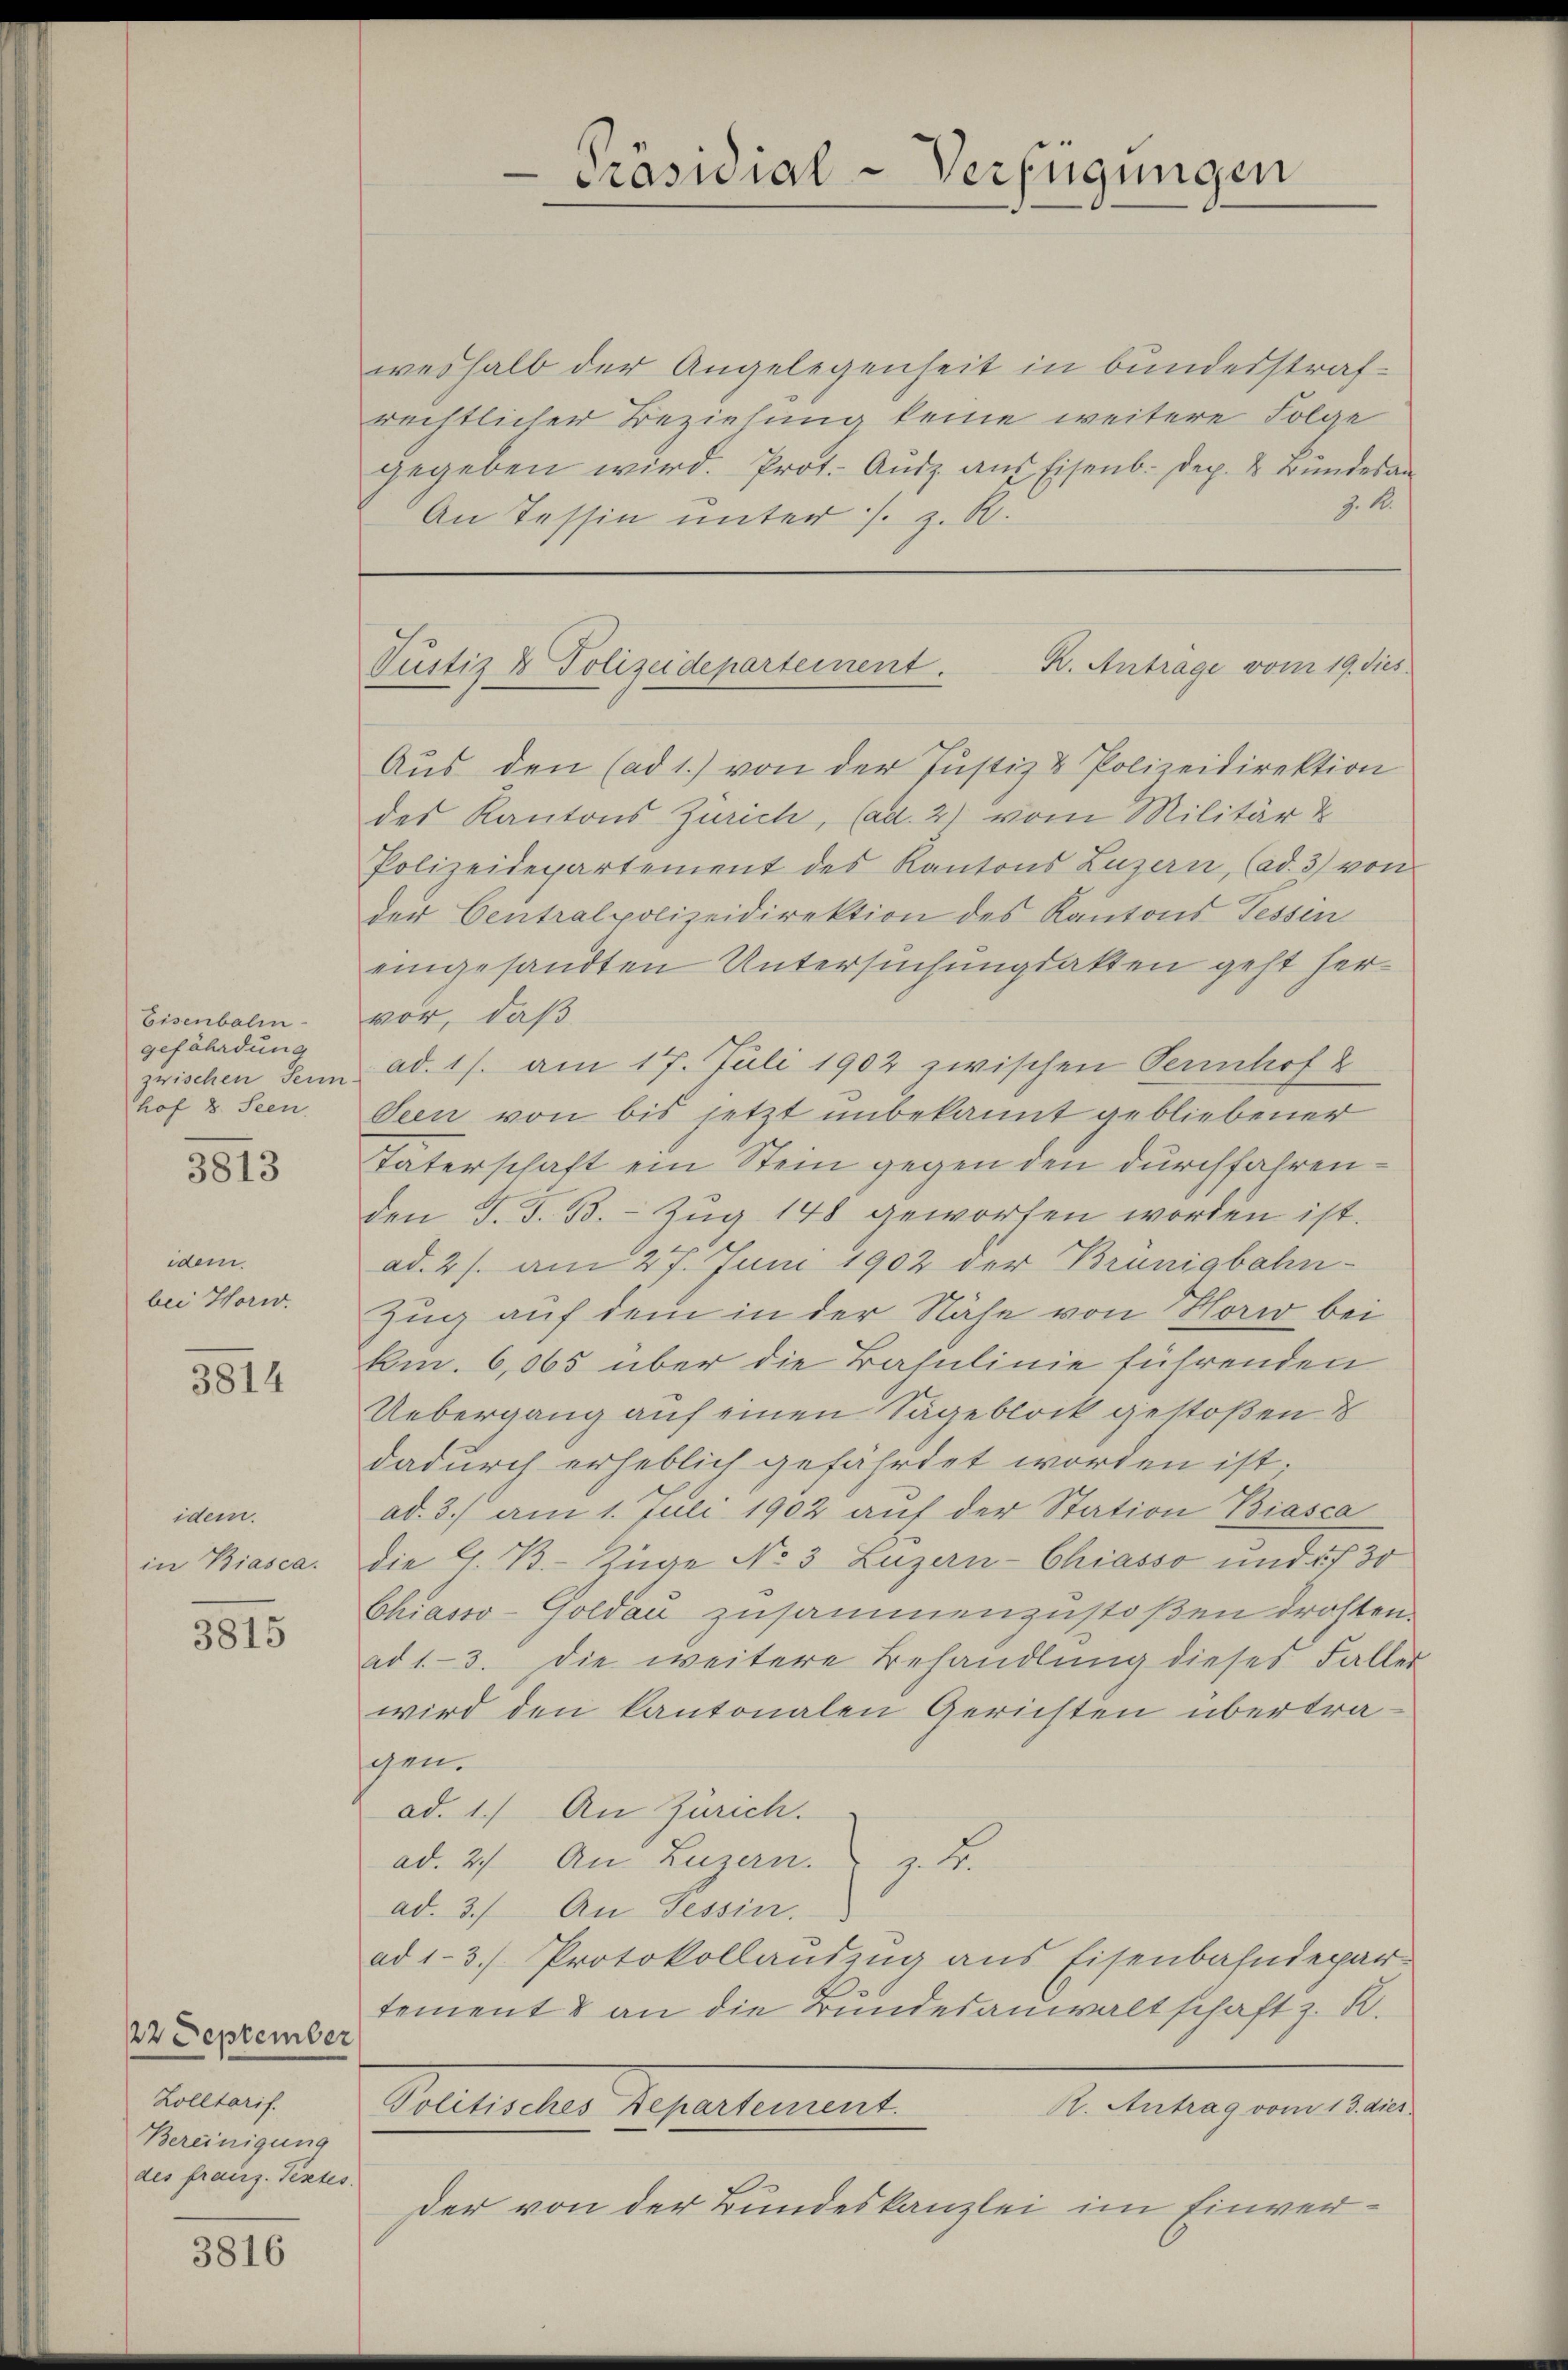
Eisenbali
gefährdung
zwischen Sein
hof 8. Seen.
idem
bei Horw.

3813

3814

idem.
in Biasca.

3815

12 September
Zolltarif.
Bereinigung
des franz. Textes.

3816

weshalb der Angelegenheit in bundesstrafrechtlicher Beziehung keine weitere Folge
gegeben wird. Prot. Andz aŭf Eisenb. Dep. & Bundesan
An Tessin unter s. z. R.

1.

Präsidial-Verfügungen

K. Antrage vom 19. dies
Vustiz & Polizeidepartement.

Aus den (ad 1.) von der Justiz & Polizeidirektion
des Kantons Zürich, Cad. 2) vom Militär u
Polizeidepartement des Kantons Luzern, (ad. 3) von
der Centralpolizeidirektion des Kantons Tessen
eingesandten Untersuchungsakten geht hervor, daß
ad. 17. am 17. Juli 1902 zwischen Sennhof &
Seen von bis jetzt unbekannt gebliebener
Vaterschaft ein Stein gegen den durchfahrenden J. J. B. Zug 148 geworfen worden ist.
ad. 21. am 27. Juni 1902 der Brünigbahn-
Zug auf dem in der Nähe von Horw bei
km. 6,065 über die Basulinie führenden
Uebergang auf einen Sageblock gestoßen d
dadurch erheblich gefährtet worden ist;
ad. 3.) am 1. Juli 1902 auf der Station Biasca
die G. B. Züge No 3 Luzern-Chiasso und 5 f 30
Chiasso-Goldau zusammenzustoßen drohten.
ad 13. die weitere Behandlung dieses Faller
wird den kantonalen Gerichten übertraschen.
ad. 1.) An Zürich.
ad. 2.) An Luzern z. B.
ad. 3.) An Tessin.
ad 1-3.) Protokollauszug aus Eisenbahndepar-
tement & an die Bundesanwaltschaft z. B.
Politisches Departement.
R. Antrag vom 13. dies
Der von der Bundeskanzlei im Einver¬